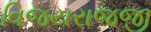
વિજયરાજજી